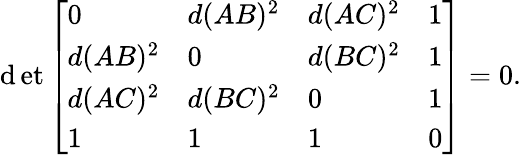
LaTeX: \operatorname*{\mathrm{d}et}{\left[\begin{array}{llll}{0}&{d(AB)^{2}}&{d(AC)^{2}}&{1}\\ {d(AB)^{2}}&{0}&{d(BC)^{2}}&{1}\\ {d(AC)^{2}}&{d(BC)^{2}}&{0}&{1}\\ {1}&{1}&{1}&{0}\end{array}\right]}=0.